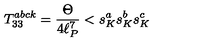
T _ { 3 3 } ^ { a b c k } = \frac { \Theta } { 4 \ell _ { P } ^ { 7 } } < s _ { K } ^ { a } s _ { K } ^ { b } s _ { K } ^ { c }